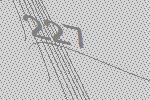
227